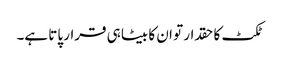
ٹکٹ کا حقدار تو ان کا بیٹا ہی قرار پاتا ہے۔